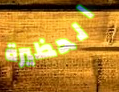
الحظيرة